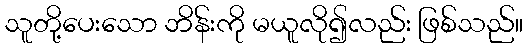
သူတို့ပေးသော ဘိန်းကို မယူလို၍လည်း ဖြစ်သည်။